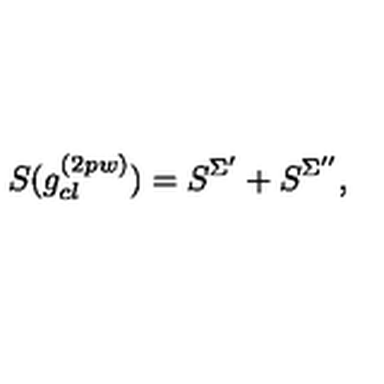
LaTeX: S ( g _ { c l } ^ { ( 2 p w ) } ) = S ^ { \Sigma ^ { \prime } } + S ^ { \Sigma ^ { \prime \prime } } ,